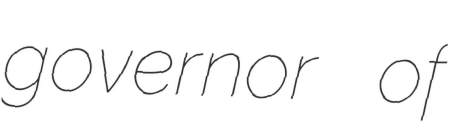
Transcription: governor of